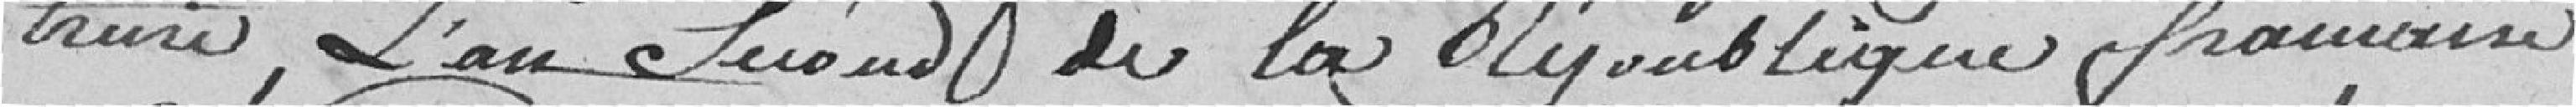
treize, L'an Second de la République française